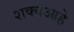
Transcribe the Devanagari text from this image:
शक्यआहे